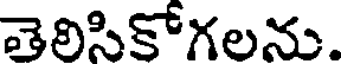
తెలిసికోగలను.